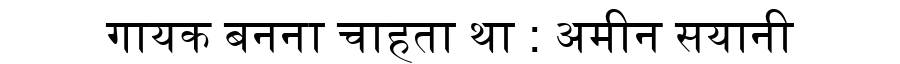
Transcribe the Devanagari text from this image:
गायक बनना चाहता था : अमीन सयानी